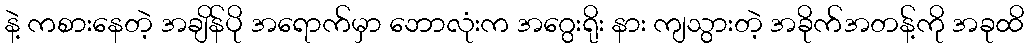
နဲ့ ကစားနေတဲ့ အချိန်ပို အရောက်မှာ ဘောလုံးက အဂွေးရိုး နား ကျသွားတဲ့ အခိုက်အတန့်ကို အခုထိ